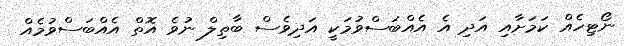
ނޯޓިހެއް ކަމަށާއި އަދި އެ އެއްބަސްވުމަކީ އަދިވެސް ބާތިލް ނުވެ އޮތް އެއްބަސްވުމެއް